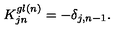
K _ { j n } ^ { g l ( n ) } = - \delta _ { j , n - 1 } .